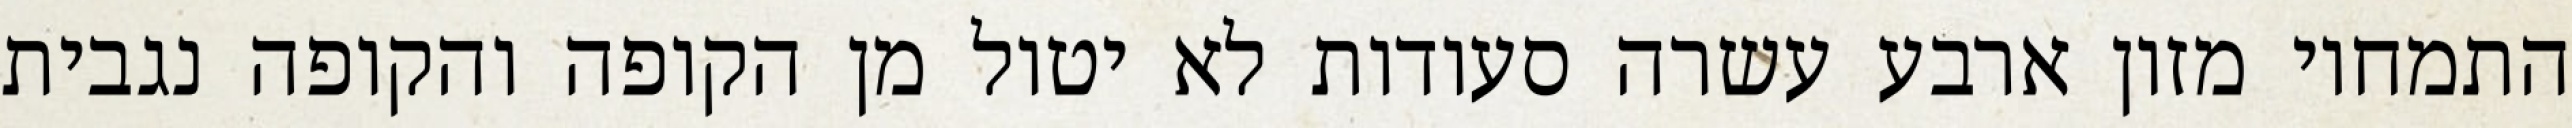
התמחוי מזון ארבע עשרה סעודות לא יטול מן הקופה והקופה נגבית